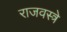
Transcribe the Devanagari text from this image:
राजवस्त्रे